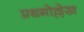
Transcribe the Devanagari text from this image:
प्रथमोल्लेख